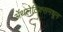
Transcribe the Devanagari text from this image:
ॲथलेटिक्समधून